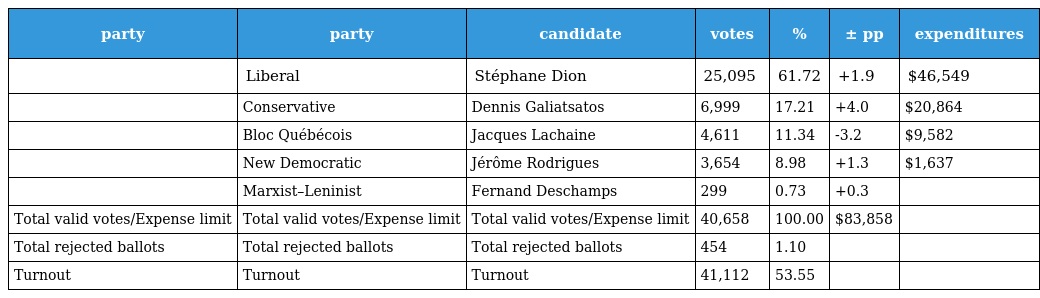
| party | party | candidate | votes | % | ± pp | expenditures |
 | --- | --- | --- | --- | --- | --- | --- |
 |  | Liberal | Stéphane Dion | 25,095 | 61.72 | +1.9 | $46,549 |
 |  | Conservative | Dennis Galiatsatos | 6,999 | 17.21 | +4.0 | $20,864 |
 |  | Bloc Québécois | Jacques Lachaine | 4,611 | 11.34 | -3.2 | $9,582 |
 |  | New Democratic | Jérôme Rodrigues | 3,654 | 8.98 | +1.3 | $1,637 |
 |  | Marxist–Leninist | Fernand Deschamps | 299 | 0.73 | +0.3 |  |
 | Total valid votes/Expense limit | Total valid votes/Expense limit | Total valid votes/Expense limit | 40,658 | 100.00 | $83,858 |  |
 | Total rejected ballots | Total rejected ballots | Total rejected ballots | 454 | 1.10 |  |  |
 | Turnout | Turnout | Turnout | 41,112 | 53.55 |  |  |